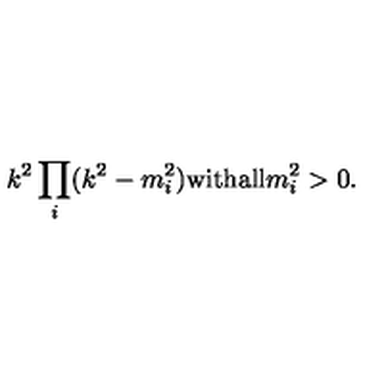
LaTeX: k ^ { 2 } \prod _ { i } ^ { } ( { k } ^ { 2 } - { m } _ { i } ^ { 2 } ) \mathrm { w i t h } \mathrm { a l l } { m } _ { i } ^ { 2 } > 0 .